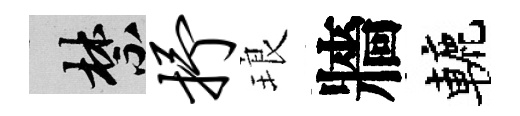
禁抒琅牆轆